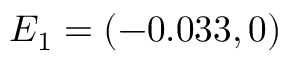
E _ { 1 } = ( - 0 . 0 3 3 , 0 )